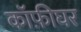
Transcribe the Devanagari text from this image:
कॉफ़ीघर